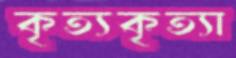
কৃত্যকৃত্যা